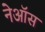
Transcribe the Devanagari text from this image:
नेऑस